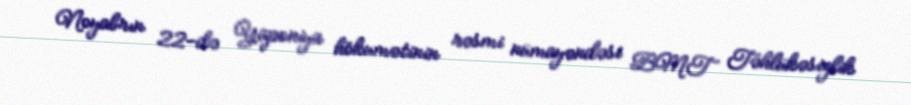
Noyabrın 22-də Yaponiya hökumətinin rəsmi nümayəndəsi BMT Təhlükəsizlik